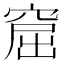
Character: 窟